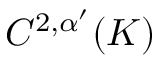
C ^ { 2 , \alpha ^ { \prime } } ( K )